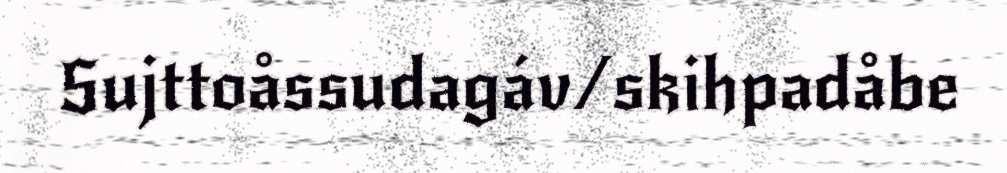
Sujttoåssudagáv/skihpadåbe